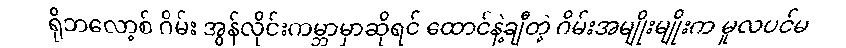
ရိုဘလော့စ် ဂိမ်း အွန်လိုင်းကမ္ဘာမှာဆိုရင် ထောင်နဲ့ချီတဲ့ ဂိမ်းအမျိုးမျိုးက မူလပင်မ